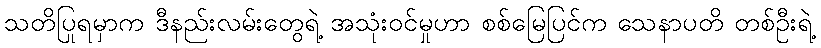
သတိပြုရမှာက ဒီနည်းလမ်းတွေရဲ့ အသုံးဝင်မှုဟာ စစ်မြေပြင်က သေနာပတိ တစ်ဦးရဲ့